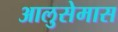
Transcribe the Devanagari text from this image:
आलुसेमास